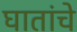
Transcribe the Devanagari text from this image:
घातांचे